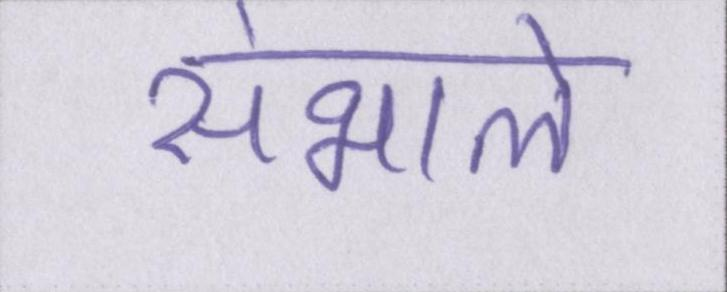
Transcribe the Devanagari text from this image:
संभाले